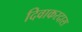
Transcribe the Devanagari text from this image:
दिवाकरदास